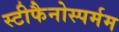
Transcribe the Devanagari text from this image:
स्टीफैनोस्पर्मम